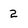
Character: 2